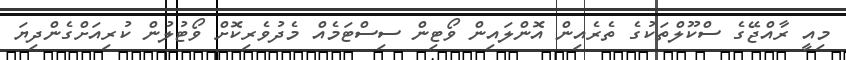
މިއީ ރާއްޖޭގެ ސްކޫލްތަކުގެ ތެރެއިން އޮންލައިން ވޯޓިން ސިސްޓަމެއް މެދުވެރިކޮށް ވޯޓުލުން ކުރިއަށްގެންދިޔަ